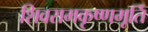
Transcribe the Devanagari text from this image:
शिवरामकृष्णमूर्ति